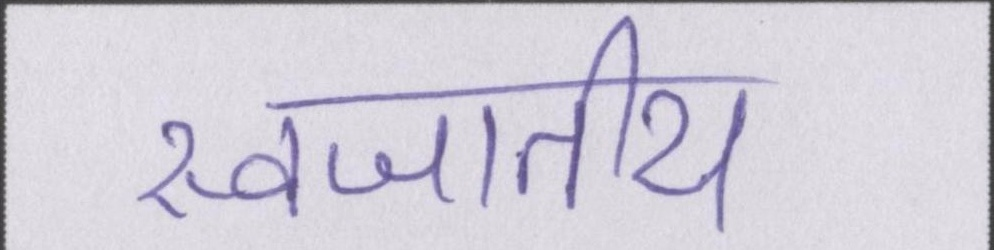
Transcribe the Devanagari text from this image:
स्वजातीय